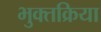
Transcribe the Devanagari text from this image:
भुक्तक्रिया